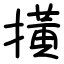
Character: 撗